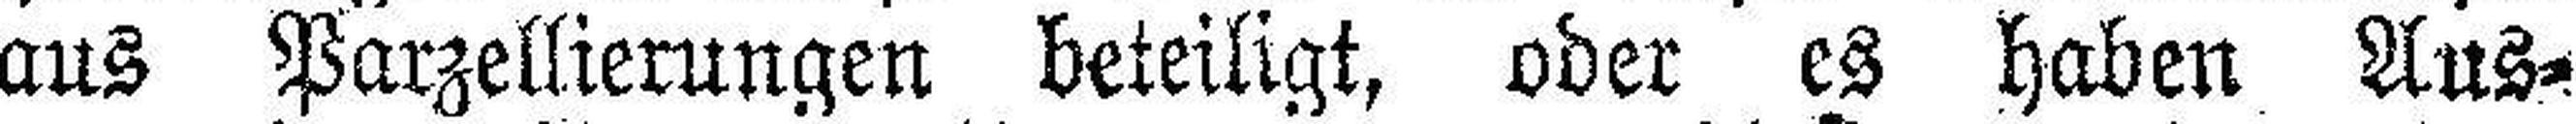
aus Parzellierungen beteiligt, oder es haben Aus¬